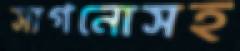
সাগনোসহ